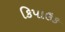
કિપાઉક